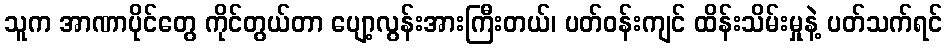
သူက အာဏာပိုင်တွေ ကိုင်တွယ်တာ ပျော့လွန်းအားကြီးတယ်၊ ပတ်ဝန်းကျင် ထိန်းသိမ်းမှုနဲ့ ပတ်သက်ရင်